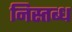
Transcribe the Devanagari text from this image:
निस्तब्ध